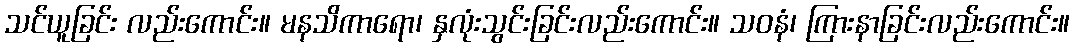
သင်ယူခြင်း လည်းကောင်း။ မနသိကာရော၊ နှလုံးသွင်းခြင်းလည်းကောင်း။ သဝနံ၊ ကြားနာခြင်းလည်းကောင်း။